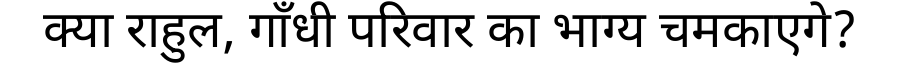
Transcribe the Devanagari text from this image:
क्या राहुल, गाँधी परिवार का भाग्य चमकाएगे?